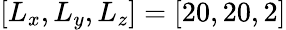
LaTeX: [L_{x},L_{y},L_{z}]=[20,20,2]